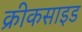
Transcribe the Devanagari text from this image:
क्रीकसाइड